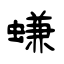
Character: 螊